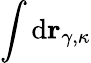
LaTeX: \int\mathrm{d}\mathbf{r}_{\gamma,\kappa}